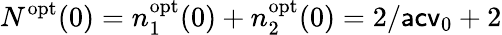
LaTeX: N^{\mathrm{opt}}(0)=n_{1}^{\mathrm{opt}}(0)+n_{2}^{\mathrm{opt}}(0)=2/\mathsf{acv}_{0}+2